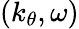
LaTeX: (k_{\theta},\omega)